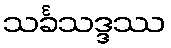
သင်္ခသဒ္ဒဿ